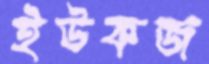
ইউকজ